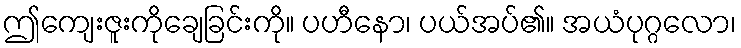
ဤကျေးဇူးကိုချေခြင်းကို။ ပဟီနော၊ ပယ်အပ်၏။ အယံပုဂ္ဂလော၊